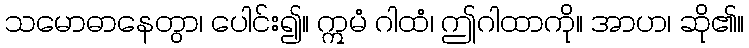
သမောဓာနေတွာ၊ ပေါင်း၍။ ဣမံ ဂါထံ၊ ဤဂါထာကို။ အာဟ၊ ဆို၏။